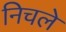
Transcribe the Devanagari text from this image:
निचले